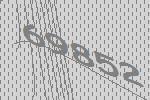
69852